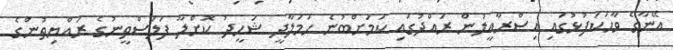
އޭނާގެ ވާހަކަފުޅުގައި އިސްރާއީލުން ރައްދުގައި ކަމަށްބުނެ ހަމަލާދީ ޝަހީދު ކޮށްލާ ފަލަސްތީނުގެ ރައްޔިތުންގެ